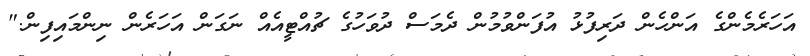
އަހަރެމެންގެ އަންހެން ދަރިފުޅު އުފަންވުމުން ދެމަސް ދުވަހުގެ ޗުއްޓީއެއް ނަގަން އަހަރެން ނިންމައިފިން."